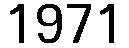
1971